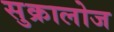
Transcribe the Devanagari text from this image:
सुक्रालोज